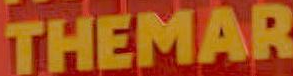
THEMAR